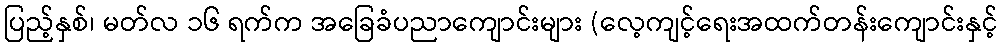
ပြည့်နှစ်၊ မတ်လ ၁၆ ရက်က အခြေခံပညာကျောင်းများ (လေ့ကျင့်ရေးအထက်တန်းကျောင်းနှင့်